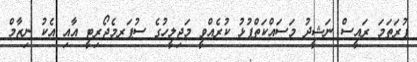
ފުރަތަމަ ރައީސް ނަޝީދު މަސައްކަތްޕުޅު ކުރެއްވީ މަޖިލީހުގެ ސުޕަރމެޖޯރިޓީ އާއި އެކު ނިޒާމް